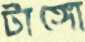
টাঙ্গো